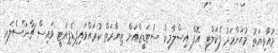
މުއާވިޔަތު މުޙަންމަދު ފެކަލްޓީ އޮފް އިސްލާމިކް ސުޓަޑީޒްއަށް ޒިޔާރަތް ކުރައްވައިފިޑެޕިއުޓީ ވައިސް ޗާންސެލަރ